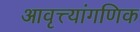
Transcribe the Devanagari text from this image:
आवृत्त्यांगणिक